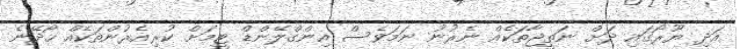
އަދި ޔޫރޯގައި ދަށް ނަތީޖާތަކެއް ނެރުނު ނަމަވެސް އިންގްލޭންޑް ޓީމަށް ކުރިއެރުންތަކެއް ހޯދޭނެ